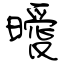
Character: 曖